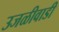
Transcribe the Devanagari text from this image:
उजळीवाडी